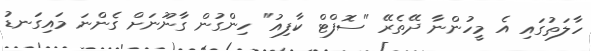
ހާލަތުގައި އެ މީހުންނާ ދޭތެރޭ "ސޮފްޓް ކާފިއު" ހިންގުން ގާނޫނަށް ގެންނަ މައިގަނޑު